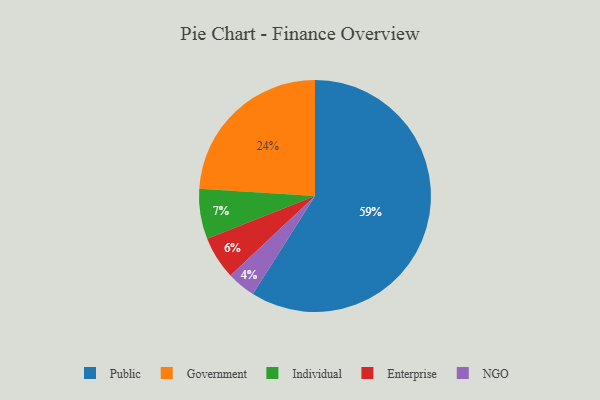
{"axis": {"x": "Category", "y": "Percentage"}, "legend": ["Enterprise", "Government", "Individual", "NGO", "Public"], "data": [{"x": "Enterprise", "y": 6, "type": "Enterprise"}, {"x": "Individual", "y": 7, "type": "Individual"}, {"x": "Public", "y": 59, "type": "Public"}, {"x": "NGO", "y": 4, "type": "NGO"}, {"x": "Government", "y": 24, "type": "Government"}]}